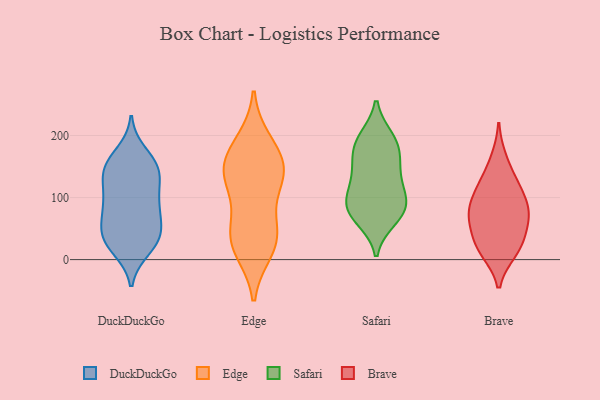
{"axis": {"x": "Operating Costs (USD K)", "y": "Value"}, "legend": ["Brave", "DuckDuckGo", "Edge", "Safari"], "data": [{"x": "", "y": 43, "type": "DuckDuckGo"}, {"x": "", "y": 58, "type": "DuckDuckGo"}, {"x": "", "y": 172, "type": "DuckDuckGo"}, {"x": "", "y": 30, "type": "DuckDuckGo"}, {"x": "", "y": 108, "type": "DuckDuckGo"}, {"x": "", "y": 145, "type": "DuckDuckGo"}, {"x": "", "y": 59, "type": "DuckDuckGo"}, {"x": "", "y": 149, "type": "DuckDuckGo"}, {"x": "", "y": 40, "type": "DuckDuckGo"}, {"x": "", "y": 82, "type": "DuckDuckGo"}, {"x": "", "y": 159, "type": "DuckDuckGo"}, {"x": "", "y": 135, "type": "DuckDuckGo"}, {"x": "", "y": 17, "type": "DuckDuckGo"}, {"x": "", "y": 32, "type": "DuckDuckGo"}, {"x": "", "y": 21, "type": "DuckDuckGo"}, {"x": "", "y": 144, "type": "DuckDuckGo"}, {"x": "", "y": 100, "type": "DuckDuckGo"}, {"x": "", "y": 90, "type": "DuckDuckGo"}, {"x": "", "y": 139, "type": "DuckDuckGo"}, {"x": "", "y": 88, "type": "DuckDuckGo"}, {"x": "", "y": 187, "type": "Edge"}, {"x": "", "y": 18, "type": "Edge"}, {"x": "", "y": 158, "type": "Edge"}, {"x": "", "y": 39, "type": "Edge"}, {"x": "", "y": 128, "type": "Edge"}, {"x": "", "y": 38, "type": "Edge"}, {"x": "", "y": 162, "type": "Edge"}, {"x": "", "y": 137, "type": "Edge"}, {"x": "", "y": 125, "type": "Edge"}, {"x": "", "y": 40, "type": "Edge"}, {"x": "", "y": 93, "type": "Safari"}, {"x": "", "y": 107, "type": "Safari"}, {"x": "", "y": 80, "type": "Safari"}, {"x": "", "y": 79, "type": "Safari"}, {"x": "", "y": 115, "type": "Safari"}, {"x": "", "y": 76, "type": "Safari"}, {"x": "", "y": 66, "type": "Safari"}, {"x": "", "y": 168, "type": "Safari"}, {"x": "", "y": 146, "type": "Safari"}, {"x": "", "y": 142, "type": "Safari"}, {"x": "", "y": 191, "type": "Safari"}, {"x": "", "y": 185, "type": "Safari"}, {"x": "", "y": 195, "type": "Safari"}, {"x": "", "y": 62, "type": "Brave"}, {"x": "", "y": 69, "type": "Brave"}, {"x": "", "y": 71, "type": "Brave"}, {"x": "", "y": 113, "type": "Brave"}, {"x": "", "y": 26, "type": "Brave"}, {"x": "", "y": 84, "type": "Brave"}, {"x": "", "y": 13, "type": "Brave"}, {"x": "", "y": 162, "type": "Brave"}, {"x": "", "y": 127, "type": "Brave"}, {"x": "", "y": 78, "type": "Brave"}, {"x": "", "y": 112, "type": "Brave"}, {"x": "", "y": 15, "type": "Brave"}, {"x": "", "y": 31, "type": "Brave"}]}